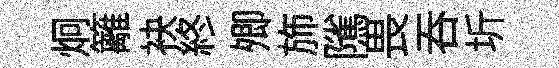
炯籬袂終𡖖斾隲畏吞圻